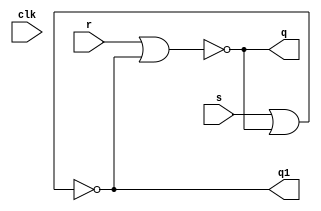
//SR usando gate level:

module sr_ff(output q, output q1, input r, input s, input clk);
nor (q, r, q1);
nor (q1, s, q);
endmodule

//SR usando modelagem dataflow